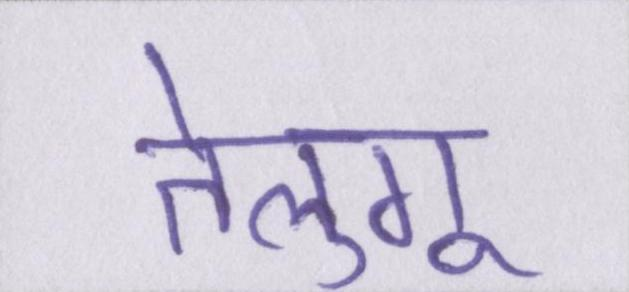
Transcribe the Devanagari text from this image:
तेलुगू